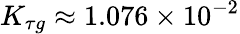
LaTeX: K_{\tau g}\approx 1.076\times 10^{-2}